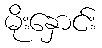
မိုးနှောင်း